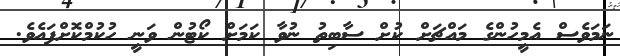
ނަމަވެސް އެމީހުންގެ މައްޗަށް ކުށް ސާބިތު ނުވާ ކަމަށް ކޯޓުން ވަނީ ހުކުމްކޮށްފައެވެ.